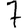
Digit: 7